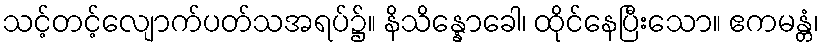
သင့်တင့်လျောက်ပတ်သအရပ်၌။ နိသိန္နောခေါ၊ ထိုင်နေပြီးသော။ ဧကမန္တံ၊